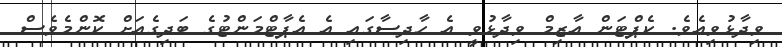
ވިދާޅުވިއެވެ. ކެޕްޓަން އާޒިމް ވިދާޅުވީ އެ ހާދިސާގައި އެ އެޕާޓްމަންޓުގެ ބަދިގެއަށް ކޮންމެވެސް